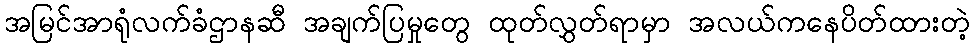
အမြင်အာရုံလက်ခံဌာနဆီ အချက်ပြမှုတွေ ထုတ်လွှတ်ရာမှာ အလယ်ကနေပိတ်ထားတဲ့